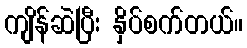
ကျိန်ဆဲပြီး နှိပ်စက်တယ်။